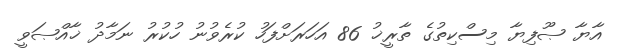
އާޔާ ޞޫފިޔާ މިސްކިތުގެ ތާރީޚު 86 އަހަރަށްފަހު ކުރެވުނު ހުކުރު ނަމާދު ޚާއްޞަވީ